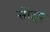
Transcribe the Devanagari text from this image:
सोंद्रय